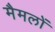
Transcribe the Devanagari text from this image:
मैमलों